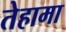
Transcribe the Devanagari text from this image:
तेहामा